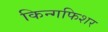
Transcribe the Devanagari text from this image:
किन्गफिशर